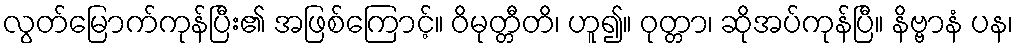
လွတ်မြောက်ကုန်ပြီး၏ အဖြစ်ကြောင့်။ ဝိမုတ္တီတိ၊ ဟူ၍။ ဝုတ္တာ၊ ဆိုအပ်ကုန်ပြီ။ နိဗ္ဗာနံ ပန၊